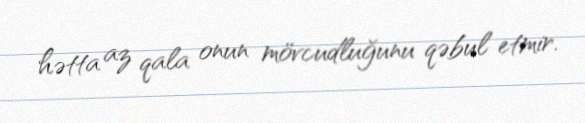
hətta az qala onun mövcudluğunu qəbul etmir.